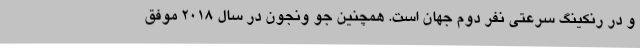
و در رنکینگ سرعتی نفر دوم جهان است. همچنین جو ونجون در سال 2018 موفق